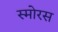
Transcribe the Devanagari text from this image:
स्मोरस